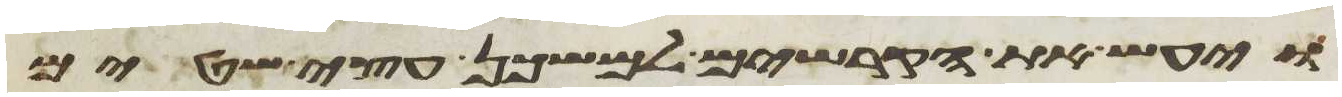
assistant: ויעש את הקרשים למשכן עצי שטים